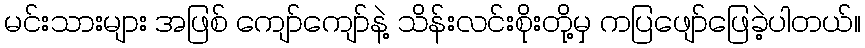
မင်းသားများ အဖြစ် ကျော်ကျော်နဲ့ သိန်းလင်းစိုးတို့မှ ကပြဖျော်ဖြေခဲ့ပါတယ်။